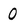
Character: 0